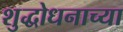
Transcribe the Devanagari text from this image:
शुद्धोधनाच्या